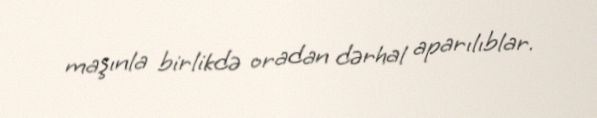
maşınla birlikdə oradan dərhal aparılıblar.